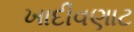
ખાદીવણાટ